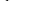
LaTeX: \smash{\phi^{(0)}}